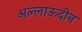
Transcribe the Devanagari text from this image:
अल्लाऊदीन